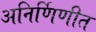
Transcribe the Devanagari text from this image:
अनिर्णिणीत